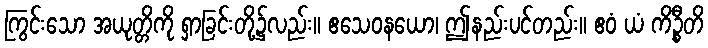
ကြွင်းသော အယုတ္တိကို ရှာခြင်းတို့၌လည်း။ ဧသေဝနယော၊ ဤနည်းပင်တည်း။ ဧဝံ ယံ ကိဉ္စီတိ